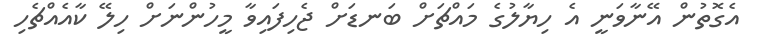
އެގޮތުން އޭނާވަނީ އެ ހިޔާލުގެ މައްޗަށް ބަނޑަށް ޖެހިފައިވާ މީހުންނަށް ހިލޭ ކާއެއްޗެހި